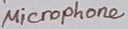
Text: Microphone